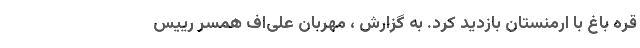
قره باغ با ارمنستان بازدید کرد. به گزارش ، مهربان علی‌اف همسر رییس